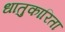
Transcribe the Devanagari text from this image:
धातुकारिता